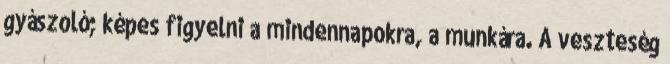
gyászoló; képes figyelni a mindennapokra, a munkára. A veszteség